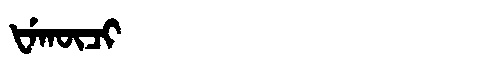
Manchu: ᡶᡝᡴᡡᠴᡳ
Romanization: FEKŪCI